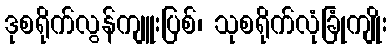
ဒုစရိုက်လွန်ကျူးပြစ်၊ သုစရိုက်လုံခြုံကျိုး